Investigations on Bengal jail dietaries - Number 37
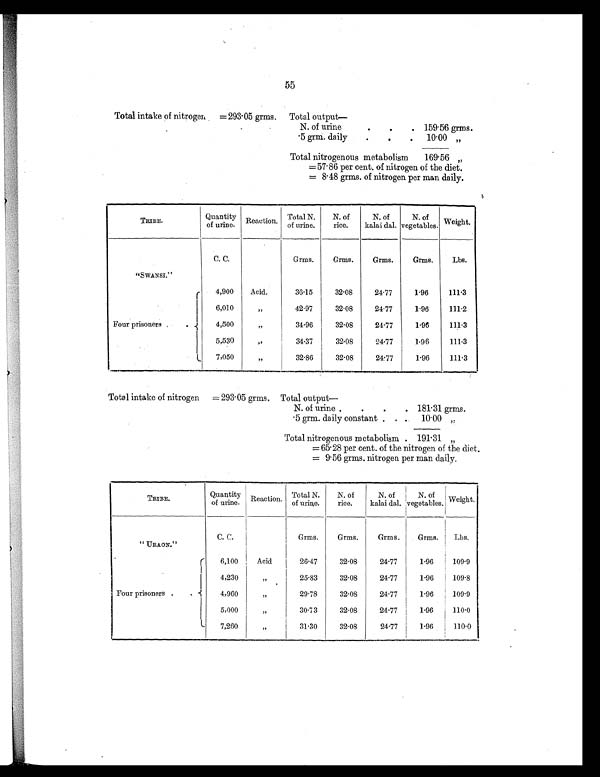
Total intake of nitrogen =293.05 grms. Total output —
N. of urine
.
. . 159.56 grms.
.5 grm. daily
.
.
. 10.00 „
Total nitrogenous metabolism
169.56 „
= 57.86 per cent. of nitrogen of the diet.
= 8.48 grams. of nitrogen per man daily.
TRIBE.
Quantity
of urine. Reaction. Total N.
of urine.
N. of
rice.
N. of
kalai dal.
N. of
vegetables. Weight.
C. C.
Grms.
Grms.
Grms.
Grms.
Lbs.
"SWANSI."
Four prisoners
.
4,900
Acid.
36.15
32.08
24.77
1.96
111.3
6,010
„
42.97
32.08
24.77
1.96
111.2
4,500
„
34.96
32.08
24.77
1.96
111.3
5,530
„
34.37
32.08
24.77
1.96
111.3
7,050
„
32.86
32.08
24.77
1 . 9 6 111.3
Total intake of nitrogen =293.05 grms. Total output —
N. of urine . .
. . 181.31 grms.
.5 grm. daily constant .
. 10.00 „
Total nitrogenous metabolism . 191.31 „
= 65.28 per cent. of the nitrogen of the diet.
= 9.56 grms. nitrogen per man daily.
TRIBE.
Quantity
of urine. Reaction. Total N.
of urine.
N. of
rice.
N. of
kalai dal.
N. of
vegetables. Weight.
C. C.
Grms.
Grms.
Grms.
Grms.
Lbs.
"URAON. "
Four prisoners .
. 6,100
Acid
26.47
32.08
24.77
1.96
109.9
4,230
„
25.83
32.08
24.77
1.96
109.8
4,960
„
29.78
32.08
24.77
1.96
109.9
5,000
„
30.73
32.08
24.77
1.96
110.0
7,260
„
31.30
32.08
24.77
1.96
110.0